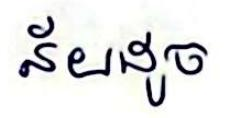
ន័យដូច